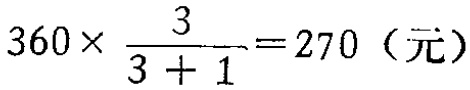
\(360\times \frac{3}{3 + 1}=270（元）\)